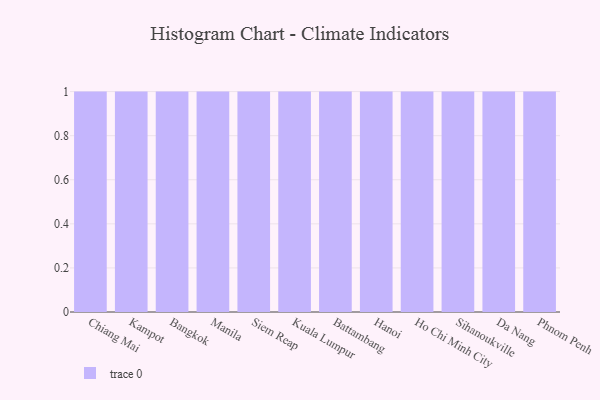
{"axis": {"x": "City", "y": "Budget (USD K)"}, "legend": [""], "data": [{"x": "Chiang Mai", "y": 82, "type": ""}, {"x": "Kampot", "y": 1, "type": ""}, {"x": "Bangkok", "y": 94, "type": ""}, {"x": "Manila", "y": 57, "type": ""}, {"x": "Siem Reap", "y": 59, "type": ""}, {"x": "Kuala Lumpur", "y": 97, "type": ""}, {"x": "Battambang", "y": 61, "type": ""}, {"x": "Hanoi", "y": 31, "type": ""}, {"x": "Ho Chi Minh City", "y": 20, "type": ""}, {"x": "Sihanoukville", "y": 39, "type": ""}, {"x": "Da Nang", "y": 95, "type": ""}, {"x": "Phnom Penh", "y": 23, "type": ""}]}